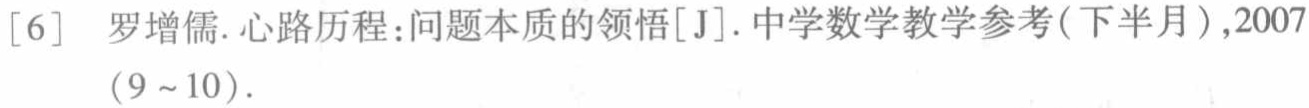
[6] 罗增儒. 心路历程：问题本质的领悟[J]. 中学数学教学参考(下半月),2007(9~10).